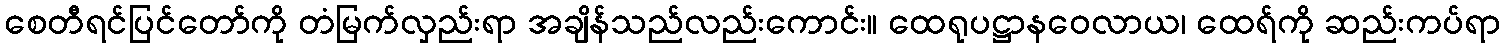
စေတီရင်ပြင်တော်ကို တံမြက်လှည်းရာ အချိန်သည်လည်းကောင်း။ ထေရုပဋ္ဌာနဝေလာယ၊ ထေရ်ကို ဆည်းကပ်ရာ